Scottish Leaving Certificate Examination, 1952
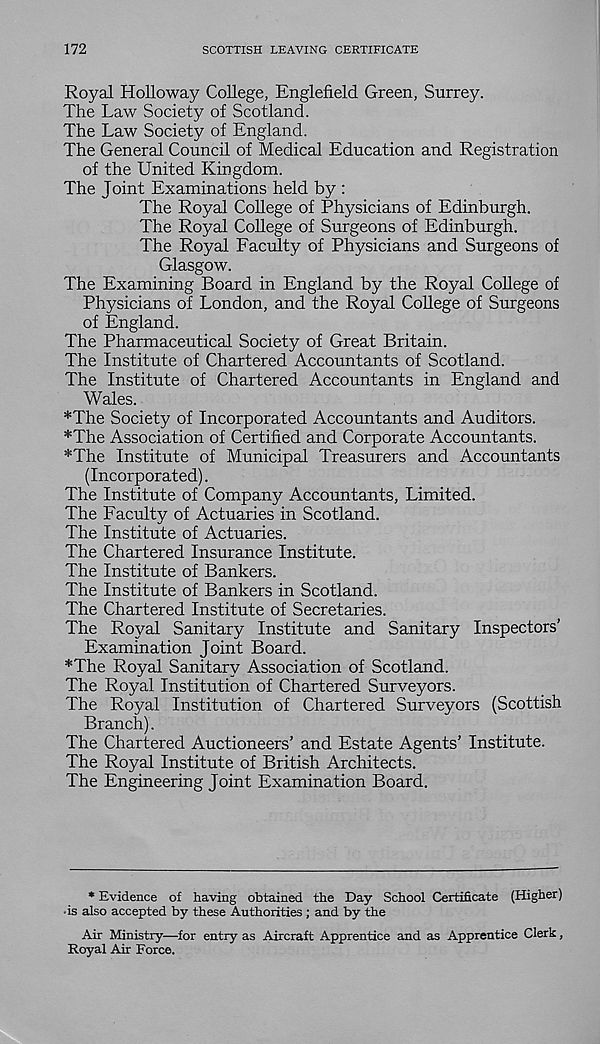
172
SCOTTISH LEAVING CERTIFICATE
Royal Holloway College, Englefield Green, Surrey.
The Law Society of Scotland.
The Law Society of England.
The General Council of Medical Education and Registration
of the United Kingdom.
The Joint Examinations held by :
The Royal College of Physicians of Edinburgh.
The Royal College of Surgeons of Edinburgh.
The Royal Faculty of Physicians and Surgeons of
Glasgow.
The Examining Board in England by the Royal College of
Physicians of London, and the Royal College of Surgeons
of England.
The Pharmaceutical Society of Great Britain.
The Institute of Chartered Accountants of Scotland.
The Institute of Chartered Accountants in England and
Wales.
*The Society of Incorporated Accountants and Auditors.
*The Association of Certified and Corporate Accountants.
*The Institute of Municipal Treasurers and Accountants
(Incorporated).
The Institute of Company Accountants, Limited.
The Faculty of Actuaries in Scotland.
The Institute of Actuaries.
The Chartered Insurance Institute.
The Institute of Bankers.
The Institute of Bankers in Scotland.
The Chartered Institute of Secretaries.
The Royal Sanitary Institute and Sanitary Inspectors’
Examination Joint Board.
*The Royal Sanitary Association of Scotland.
The Royal Institution of Chartered Surveyors.
The Royal Institution of Chartered Surveyors (Scottish
Branch).
The Chartered Auctioneers’ and Estate Agents’ Institute.
The Royal Institute of British Architects.
The Engineering Joint Examination Board.
* Evidence of having obtained the Day School Certificate (Higher)
• is also accepted by these Authorities ; and by the
Air Ministry—for entry as Aircraft Apprentice and as Apprentice Clerk,
Royal Air Force.